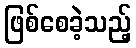
ဖြစ်စေခဲ့သည့်